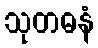
သုတဓနံ